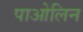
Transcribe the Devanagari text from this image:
पाओलिन